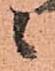
ニ